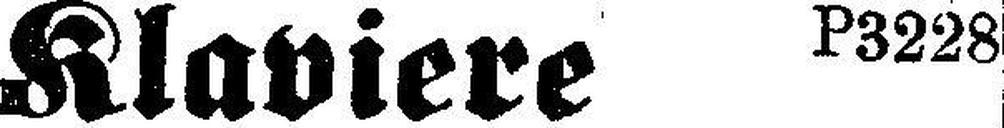
Klaviere P3228